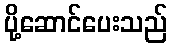
ပို့ဆောင်ပေးသည်